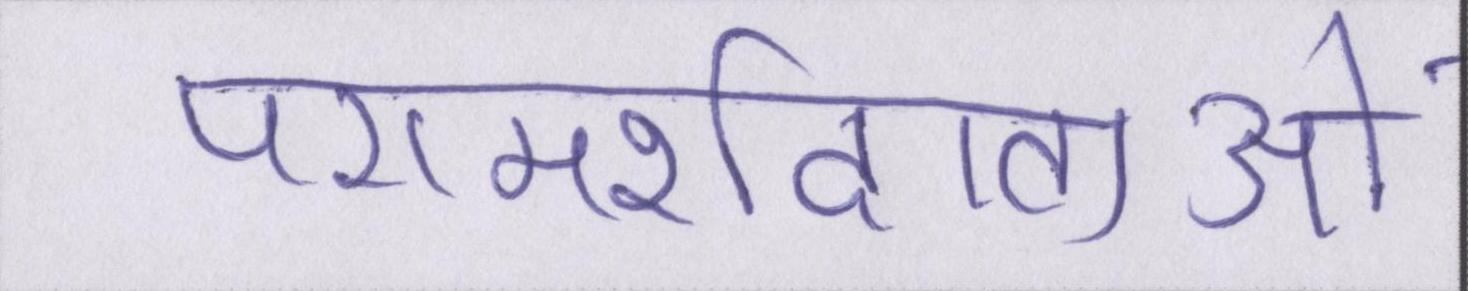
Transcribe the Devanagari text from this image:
परामर्शदाताओं